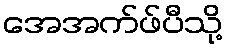
အေအက်ဖ်ပီသို့